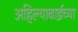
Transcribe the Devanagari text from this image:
अहिल्याबाईच्या